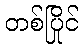
တစ်ပြိုင်